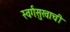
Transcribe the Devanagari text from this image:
स्वर्गसुखाची